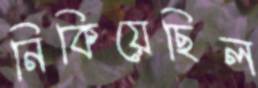
নিকিয়েছিল